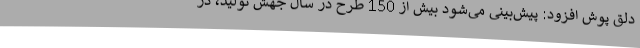
دلق پوش افزود: پیش‌بینی می‌شود بیش از 150 طرح در سال جهش تولید، در